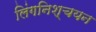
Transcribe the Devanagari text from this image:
लिंगनिश्चयन